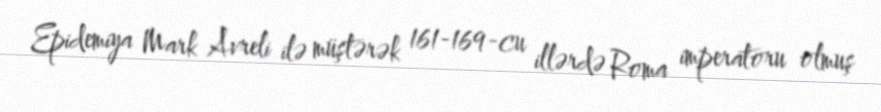
Epidemiya Mark Avreli ilə müştərək 161-169-cu illərdə Roma imperatoru olmuş